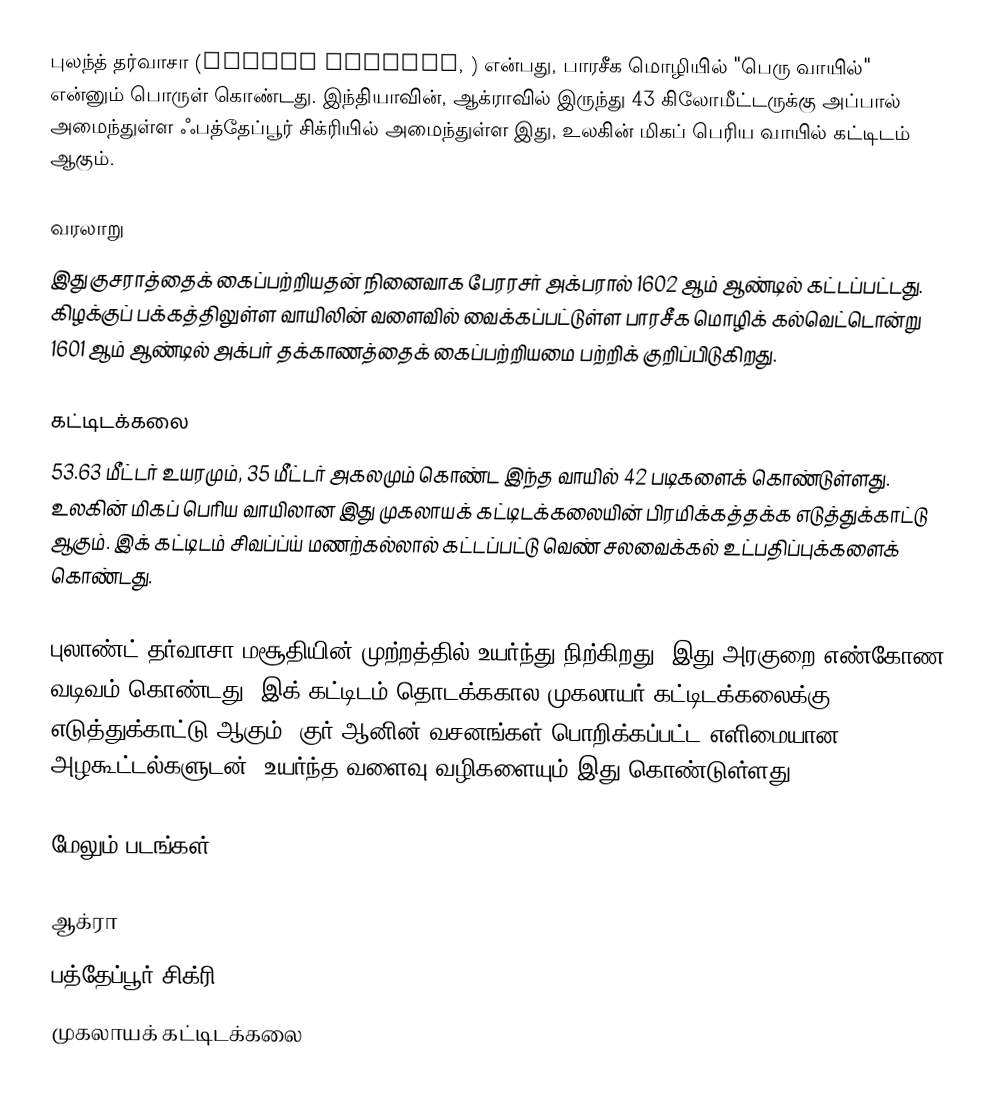
புலந்த் தர்வாசா (Buland Darwaza, ) என்பது, பாரசீக மொழியில் "பெரு வாயில்" என்னும் பொருள் கொண்டது. இந்தியாவின், ஆக்ராவில் இருந்து 43 கிலோமீட்டருக்கு அப்பால் அமைந்துள்ள ஃபத்தேப்பூர் சிக்ரியில் அமைந்துள்ள இது, உலகின் மிகப் பெரிய வாயில் கட்டிடம் ஆகும்.

வரலாறு
இது குசராத்தைக் கைப்பற்றியதன் நினைவாக பேரரசர் அக்பரால் 1602 ஆம் ஆண்டில் கட்டப்பட்டது. கிழக்குப் பக்கத்திலுள்ள வாயிலின் வளைவில் வைக்கப்பட்டுள்ள பாரசீக மொழிக் கல்வெட்டொன்று 1601 ஆம் ஆண்டில் அக்பர் தக்காணத்தைக் கைப்பற்றியமை பற்றிக் குறிப்பிடுகிறது.

கட்டிடக்கலை
53.63 மீட்டர் உயரமும், 35 மீட்டர் அகலமும் கொண்ட இந்த வாயில் 42 படிகளைக் கொண்டுள்ளது. உலகின் மிகப் பெரிய வாயிலான இது முகலாயக் கட்டிடக்கலையின் பிரமிக்கத்தக்க எடுத்துக்காட்டு ஆகும். இக் கட்டிடம் சிவப்ப்ய் மணற்கல்லால் கட்டப்பட்டு வெண் சலவைக்கல் உட்பதிப்புக்களைக் கொண்டது.

புலாண்ட் தர்வாசா மசூதியின் முற்றத்தில் உயர்ந்து நிற்கிறது. இது அரகுறை எண்கோண வடிவம் கொண்டது. இக் கட்டிடம் தொடக்ககால முகலாயர் கட்டிடக்கலைக்கு எடுத்துக்காட்டு ஆகும். குர் ஆனின் வசனங்கள் பொறிக்கப்பட்ட எளிமையான அழகூட்டல்களுடன், உயர்ந்த வளைவு வழிகளையும் இது கொண்டுள்ளது.

மேலும் படங்கள்

 ஆக்ரா
பத்தேப்பூர் சிக்ரி
முகலாயக் கட்டிடக்கலை